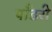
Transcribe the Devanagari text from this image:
पाँडरी